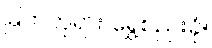
မြတ်ဘုရား ရွှေစည်းခုံ။